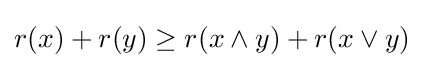
r(x)+r(y)\geq r(x\wedge y)+r(x\vee y)